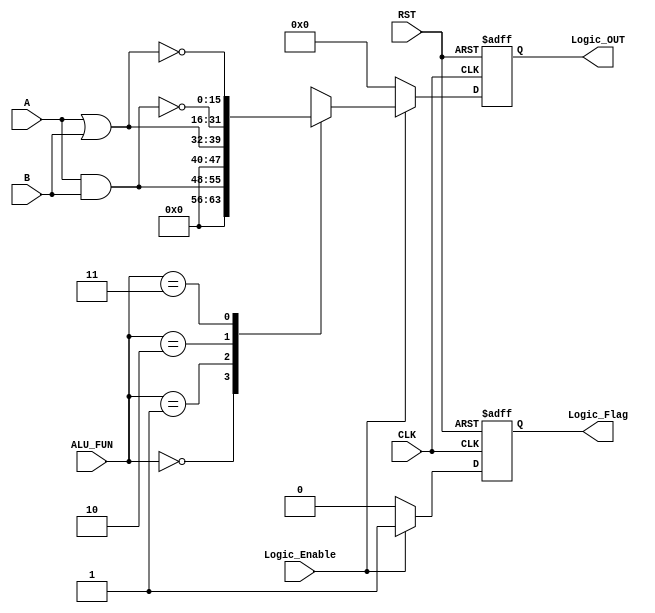
module Logic_Unit #(
    parameter Width = 16
) (
    input wire [7:0]  A,B,
    input wire [1:0]        ALU_FUN,
    input wire              CLK,Logic_Enable,RST,
    output reg [Width-1:0]  Logic_OUT,
    output reg              Logic_Flag
);

reg [Width-1:0] Logic_OUT_Comb;

always @(*) 
begin
    Logic_OUT_Comb = 0;
    case (ALU_FUN)
        2'b00:
            begin
                Logic_OUT_Comb = A & B;
            end 
        2'b01:
            begin
                Logic_OUT_Comb = A | B;
            end
        2'b10:
            begin
                Logic_OUT_Comb = ~(A & B);
            end
        2'b11:
            begin
                Logic_OUT_Comb = ~(A | B);
            end 
        default: 
            begin
                Logic_OUT_Comb = 0;
            end
    endcase    
end

always @(posedge CLK or negedge RST) 
begin
    if (!RST) 
    begin
        Logic_OUT <= 0;
        Logic_Flag <= 1'b0;
    end
    else if (Logic_Enable)
    begin
        Logic_OUT <= Logic_OUT_Comb;
        Logic_Flag <= 1'b1;
    end
    else
    begin
        Logic_OUT <= 0;
        Logic_Flag <= 1'b0;
    end    
end
    
endmodule